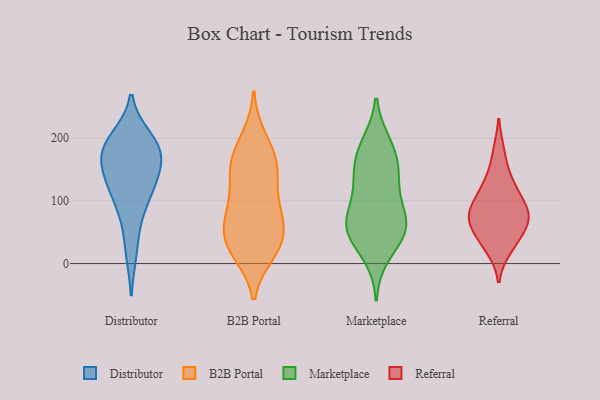
{"axis": {"x": "Customer Acquisition Cost (USD)", "y": "Value"}, "legend": ["B2B Portal", "Distributor", "Marketplace", "Referral"], "data": [{"x": "", "y": 187, "type": "Distributor"}, {"x": "", "y": 170, "type": "Distributor"}, {"x": "", "y": 19, "type": "Distributor"}, {"x": "", "y": 136, "type": "Distributor"}, {"x": "", "y": 112, "type": "Distributor"}, {"x": "", "y": 199, "type": "Distributor"}, {"x": "", "y": 162, "type": "Distributor"}, {"x": "", "y": 111, "type": "Distributor"}, {"x": "", "y": 73, "type": "Distributor"}, {"x": "", "y": 185, "type": "Distributor"}, {"x": "", "y": 189, "type": "Distributor"}, {"x": "", "y": 141, "type": "Distributor"}, {"x": "", "y": 39, "type": "B2B Portal"}, {"x": "", "y": 26, "type": "B2B Portal"}, {"x": "", "y": 181, "type": "B2B Portal"}, {"x": "", "y": 149, "type": "B2B Portal"}, {"x": "", "y": 84, "type": "B2B Portal"}, {"x": "", "y": 84, "type": "B2B Portal"}, {"x": "", "y": 79, "type": "B2B Portal"}, {"x": "", "y": 29, "type": "B2B Portal"}, {"x": "", "y": 199, "type": "B2B Portal"}, {"x": "", "y": 156, "type": "B2B Portal"}, {"x": "", "y": 36, "type": "B2B Portal"}, {"x": "", "y": 138, "type": "B2B Portal"}, {"x": "", "y": 71, "type": "B2B Portal"}, {"x": "", "y": 151, "type": "B2B Portal"}, {"x": "", "y": 19, "type": "B2B Portal"}, {"x": "", "y": 163, "type": "Marketplace"}, {"x": "", "y": 13, "type": "Marketplace"}, {"x": "", "y": 69, "type": "Marketplace"}, {"x": "", "y": 52, "type": "Marketplace"}, {"x": "", "y": 144, "type": "Marketplace"}, {"x": "", "y": 191, "type": "Marketplace"}, {"x": "", "y": 52, "type": "Marketplace"}, {"x": "", "y": 68, "type": "Marketplace"}, {"x": "", "y": 148, "type": "Marketplace"}, {"x": "", "y": 120, "type": "Marketplace"}, {"x": "", "y": 99, "type": "Marketplace"}, {"x": "", "y": 51, "type": "Marketplace"}, {"x": "", "y": 56, "type": "Marketplace"}, {"x": "", "y": 187, "type": "Marketplace"}, {"x": "", "y": 35, "type": "Referral"}, {"x": "", "y": 85, "type": "Referral"}, {"x": "", "y": 71, "type": "Referral"}, {"x": "", "y": 69, "type": "Referral"}, {"x": "", "y": 47, "type": "Referral"}, {"x": "", "y": 177, "type": "Referral"}, {"x": "", "y": 102, "type": "Referral"}, {"x": "", "y": 24, "type": "Referral"}, {"x": "", "y": 126, "type": "Referral"}, {"x": "", "y": 74, "type": "Referral"}, {"x": "", "y": 129, "type": "Referral"}, {"x": "", "y": 81, "type": "Referral"}]}